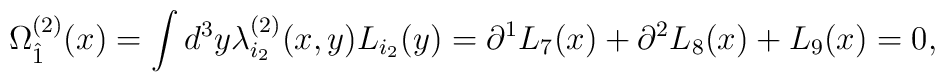
\Omega^{(2)}_{\hat 1}(x) = \int d^3y \lambda^{(2)}_{i_2} (x,y) L_{i_2}(y)= \partial^1 L_7(x) + \partial^2 L_8(x) + L_9(x) = 0,